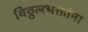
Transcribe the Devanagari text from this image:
विठ्ठलभक्तांना